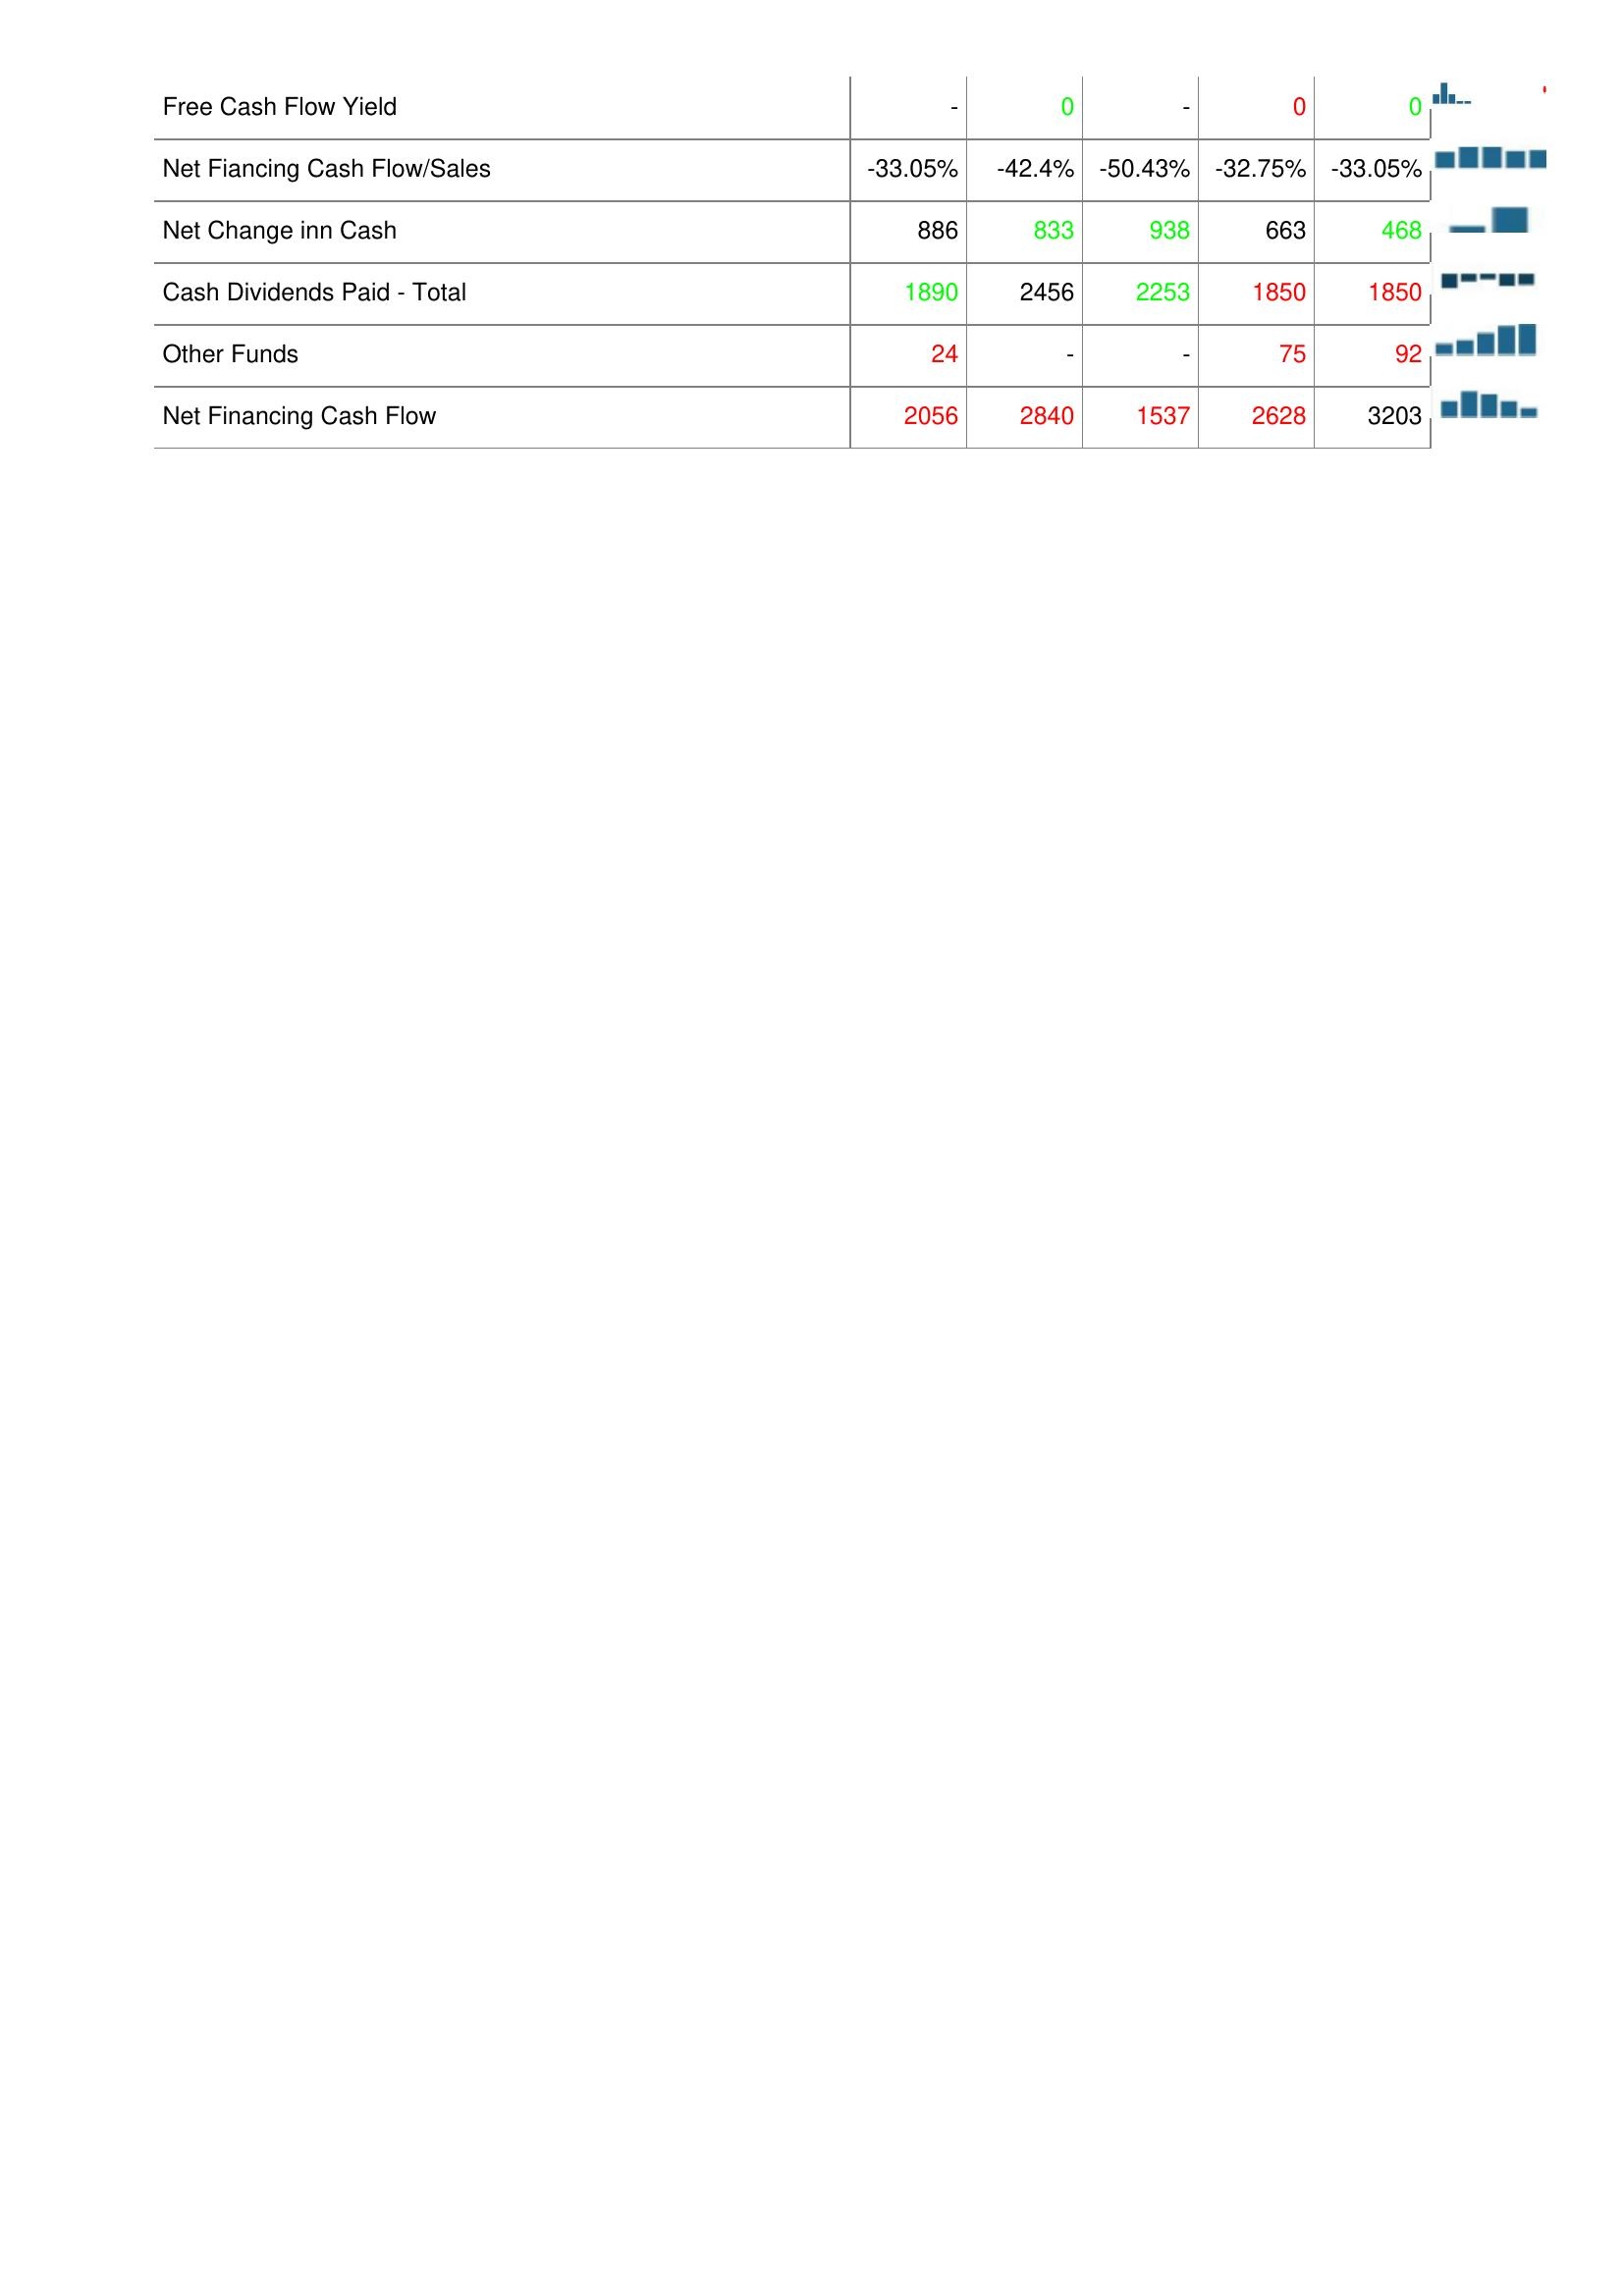
2020: Financing Activities: Free Cash Flow Yield: -
Net Fiancing Cash Flow/Sales: -33.05%
Net Change inn Cash: 886
Cash Dividends Paid - Total: 1890
Other Funds: 24
Net Financing Cash Flow: 2056
2019: Financing Activities: Free Cash Flow Yield: 0
Net Fiancing Cash Flow/Sales: -42.4%
Net Change inn Cash: 833
Cash Dividends Paid - Total: 2456
Other Funds: -
Net Financing Cash Flow: 2840
2018: Financing Activities: Free Cash Flow Yield: -
Net Fiancing Cash Flow/Sales: -50.43%
Net Change inn Cash: 938
Cash Dividends Paid - Total: 2253
Other Funds: -
Net Financing Cash Flow: 1537
2017: Financing Activities: Free Cash Flow Yield: 0
Net Fiancing Cash Flow/Sales: -32.75%
Net Change inn Cash: 663
Cash Dividends Paid - Total: 1850
Other Funds: 75
Net Financing Cash Flow: 2628
2016: Financing Activities: Free Cash Flow Yield: 0
Net Fiancing Cash Flow/Sales: -33.05%
Net Change inn Cash: 468
Cash Dividends Paid - Total: 1850
Other Funds: 92
Net Financing Cash Flow: 3203